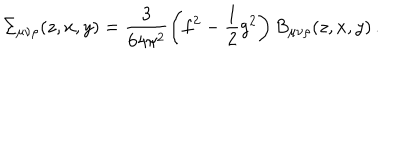
LaTeX: \Sigma _ { \mu \nu \rho } ( z , x , y ) = \frac { 3 } { 6 4 \pi ^ { 2 } } \left( f ^ { 2 } - \frac { 1 } { 2 } g ^ { 2 } \right) B _ { \mu \nu \rho } ( z , x , y ) \, .